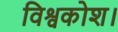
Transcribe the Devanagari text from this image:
विश्वकोश।